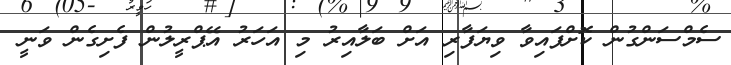
ސެމްސަންގުން ކޮށްފައިވާ ވިޔަފާރި އަށް ބަލާއިރު މި އަހަރު އޭޕްރީލުން ފެށިގެން ވަނީ